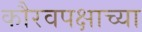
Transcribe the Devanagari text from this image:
कौरवपक्षाच्या